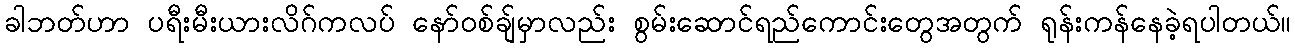
ခါဘတ်ဟာ ပရီးမီးယားလိဂ်ကလပ် နော်ဝစ်ချ်မှာလည်း စွမ်းဆောင်ရည်ကောင်းတွေအတွက် ရုန်းကန်နေခဲ့ရပါတယ်။